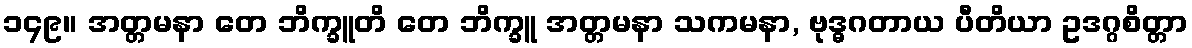
၁၄၉။ အတ္တမနာ တေ ဘိက္ခူတိ တေ ဘိက္ခူ အတ္တမနာ သကမနာ, ဗုဒ္ဓဂတာယ ပီတိယာ ဥဒဂ္ဂစိတ္တာ